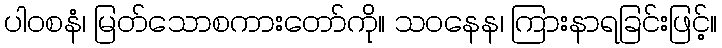
ပါဝစနံ၊ မြတ်သောစကားတော်ကို။ သဝနေန၊ ကြားနာရခြင်းဖြင့်။